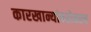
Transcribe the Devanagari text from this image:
कारखान्यांबरोबरच